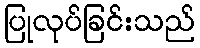
ပြုလုပ်ခြင်းသည်